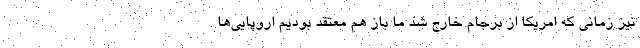
نيز زماني كه امريكا از برجام خارج شد ما باز هم معتقد بوديم اروپايي‌ها